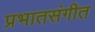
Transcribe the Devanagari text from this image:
प्रभातसंगीत